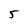
Character: 5